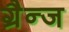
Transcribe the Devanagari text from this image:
ग्रैन्ज